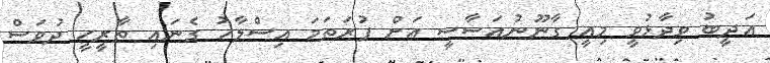
އަދީބު ވިދާޅުވީ މިއީ ގާނޫނުއަސާސީ އަށް ފުރަތަމަ އިސްލާހު ގެނައި ތާރީހީ ދުވަސް